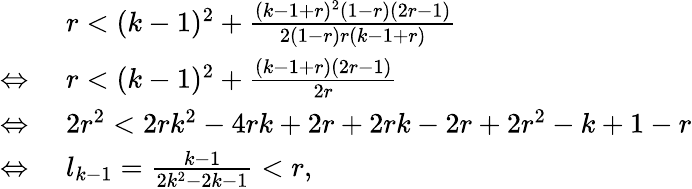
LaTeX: \begin{array}{rl}&{r<(k-1)^{2}+\frac{(k-1+r)^{2}(1-r)(2r-1)}{2(1-r)r(k-1+r)}}\\ {\Leftrightarrow\, \, }&{r<(k-1)^{2}+\frac{(k-1+r)(2r-1)}{2r}}\\ {\Leftrightarrow\, \, }&{2r^{2}<2rk^{2}-4rk+2r+2rk-2r+2r^{2}-k+1-r}\\ {\Leftrightarrow\, \, }&{l_{k-1}=\frac{k-1}{2k^{2}-2k-1}<r,}\end{array}